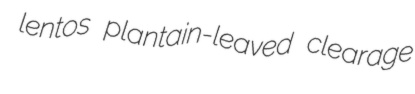
lentos plantain-leaved clearage